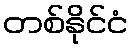
တစ်နိုင်ငံ